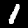
Digit: 1